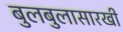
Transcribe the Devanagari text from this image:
बुलबुलासारखी